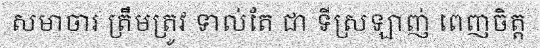
សមាចារ ត្រឹមត្រូវ ទាល់តែ ជា ទីស្រឡាញ់ ពេញចិត្ត